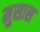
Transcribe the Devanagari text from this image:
मुसास